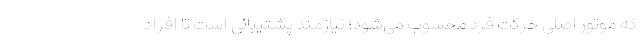
که موتور اصلی حرکت فرد محسوب می‌شود؛ نیازمند پشتیبانی است تا افراد